Report on sanitation, dispensaries, and jails in Rajputana for 1914, and on vaccination for the year 1914-1915 - 1914-1915
Year: 1914
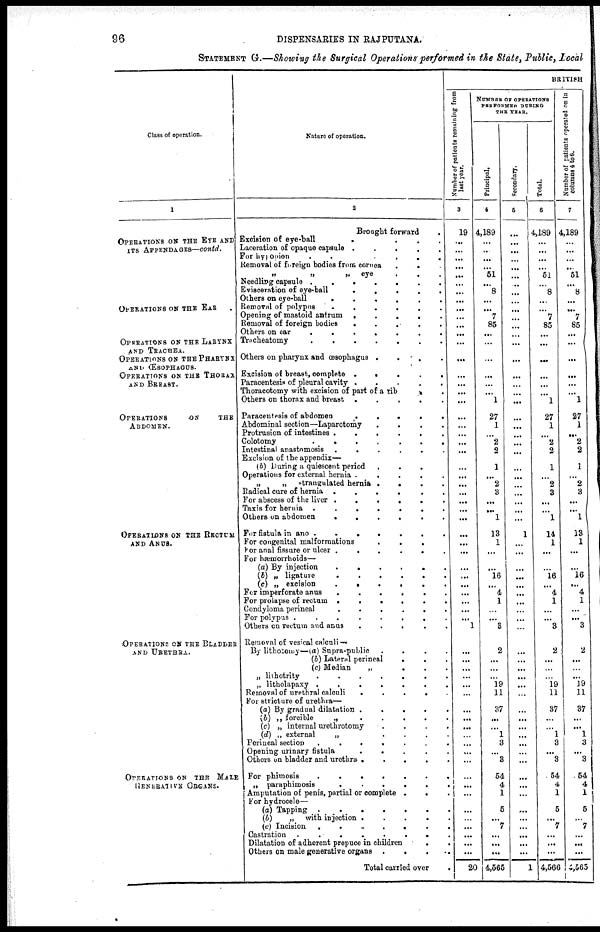
96
DISPENSARIES IN RAJPUTANA.
STATEMENT G.—Showing the Surgical Operations performed in the State, Public, Local
Class of operation.
1
OPERATIONS ON THE EYE AND
ITS APPENDAGES—contd.
OPERATIONS ON THE EAR .
OPERATIONS ON THE LARYNX
AND TRACHEA.
OPERATIONS ON THE PHARYNX
AND ŒSOPHAGUS.
OPERATIONS ON THE THORAX
AND BERAST.
OPERATIONS
ON
THE
ABDOMEN.
OPERATIONS ON THE RECTUM
AND ANUS.
OPERATIONS ON THE BLADLER
AND URETHRA.
OPERATIONS ON THE MAIL
GENERATIVE ORGANS.
Nature of operation.
2
Brought forward .
Excision of eye-ball
.
.
.
.
Laceration of opaque capsule .
.
.
.
.
for by opion
.
.
.
.
.
Removal of foreign bodies from cornea
.
. .
„
„
„
eye . . .
Needling capsule .
.
.
.
.
.
.
Evisceration of eye-ball
.
.
.
.
.
Others on eye-ball
.
.
.
.
.
.
Removal of polypas
.
.
.
.
.
.
Opening of mastoid antrum
.
.
.
.
.
Removal of foreign bodies
.
.
.
.
.
Others on ear
.
.
.
.
.
.
.
Tracheatomy
.
.
.
.
.
.
.
Others on pharynx and œsophagus .
.
.
.
Excision of breast, complete .
.
.
.
.
Paracentesis of pleural cavity .
.
.
.
.
Thoracotomy with excision of part of a rib . .
Others on thorax and breast .
.
.
.
.
Paracentesis of abdomen
.
.
.
.
.
Abdominal section—Laparotomy
.
.
.
.
Protrusion of intestines .
.
.
.
.
.
Colotomy
.
.
.
.
.
.
.
Intestinal anastomosis .
.
.
.
.
.
Excision of the appendix—
(b) During a quiescent period
.
.
.
Operations for external hernia .
.
.
.
.
„
„
trangulated hernia .
.
.
.
Radical cure of hernia .
.
.
.
.
For abscess of the liver .
.
.
.
.
.
Taxis for hernia .
.
.
.
.
.
.
Others on abdomen
.
.
.
.
.
.
For fistula in ano .
.
.
.
.
.
.
For congenital malformations
.
. .
For anal fissure or ulcer .
.
.
.
.
.
For hæmorrhoids—
(a) By injection
.
.
.
.
.
.
(b) „ ligature
.
.
.
.
.
.
(c) „ excision
.
.
.
.
.
.
For imperforate anus
.
.
.
.
.
For prolapse of rectum .
.
.
.
.
.
Condyloma perineal
.
.
.
.
.
.
For polypus .
.
.
.
.
.
.
.
Others on rectum and anus
.
.
.
.
.
Removal of vesical calculi —
By lithotomy—(a) Supra-public
.
.
.
.
(b) Lateral perineal . . .
(c) Median
„
.
.
.
„ lithotrity
.
.
.
.
.
.
.
„ litholapaxy .
.
.
.
.
.
.
Removal of urethral calculi
.
.
.
.
For stricture of urethra—
(a) By gradual dilatation .
.
.
.
.
(b) „ forcible
„
.
.
.
.
.
(c) „ internal urethrotomy
.
.
.
.
(d) „ external
„
.
.
.
.
Perineal section
.
.
.
.
.
.
.
Opening urinary
fistula
.
.
.
.
.
Others on bladder and urethra .
.
.
.
.
For phimosis
.
.
.
.
.
.
.
„ paraphimosis
.
.
.
.
.
.
Amputation of penis, partial or complete .
. .
For hydrocele—
(a) Tapping
.
.
.
.
.
.
(b)
„ with injection .
.
.
.
.
(c) Incision
.
.
.
.
.
.
.
Castration
.
.
.
.
.
.
.
Dilatation of adherent prepuce in children . .
Others on male generative organs .
.
. .
Total carried over .
BRITISH
Number of patients remaining from
last year.
3
19
...
...
...
...
...
...
...
...
...
...
...
...
...
...
...
...
...
...
...
...
...
...
...
...
...
...
...
...
...
...
...
...
...
...
...
...
...
...
...
...
1
...
...
...
...
...
...
...
...
...
...
...
...
...
...
...
...
...
...
...
...
...
...
20
NUMBER OF OPERATIONS
PERFORMED DURING
THE YEAR.
Principal.
4
4,189
...
...
...
...
51
...
8
...
...
7
85
...
...
...
...
...
...
1
27
1
...
2
2
1
...
2
3
...
...
1
13
1
...
...
16
...
4
1
...
...
3
2
...
...
... 19
11
37
...
...
1
3
...
3
54
4
1
5
...
7
...
...
...
4,565
Secondary.
5
...
...
...
...
...
...
...
...
...
...
...
...
...
...
...
...
...
...
...
...
...
...
...
...
...
...
...
...
...
...
...
1
...
...
...
...
...
...
...
...
...
...
...
...
...
...
...
...
...
...
...
...
...
...
...
...
...
...
...
...
...
...
...
...
1
Total.
6
4,189
...
...
...
...
51
...
8
...
...
7
85
...
...
...
...
...
...
1
27
1
...
2
2
1
...
2
3
...
...
1
14
1
...
...
16
...
4
1
...
...
3
2
...
...
... 19
11
37
...
...
1
3
...
3
54
4
1
5
...
7
...
...
...
4,566
Number of patients operated on in
column
4
to
6.
7
4,189
...
...
...
...
51
...
8
...
...
7
85
...
...
...
...
...
1
27
1
...
2
2
1
...
2
3
...
...
1
13
1
...
...
16
...
4
1
...
...
3
2
...
...
...
19
11
37
...
...
1
3
...
3
54
4
1
5
...
7
...
...
...
4,565